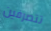
تتصرفين